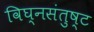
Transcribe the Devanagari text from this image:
विघ्नसंतुष्ट